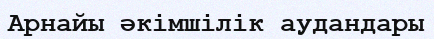
Арнайы әкімшілік аудандары